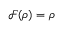
\mathcal { F } ( \boldsymbol { \rho } ) = \boldsymbol { \rho }